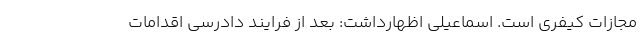
مجازات کیفری است. اسماعیلی اظهارداشت: بعد از فرایند دادرسی اقدامات